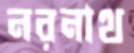
নরনাথ